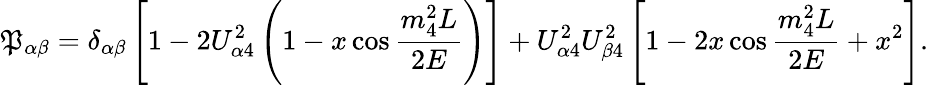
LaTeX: \mathfrak{P}_{\alpha\beta}=\delta_{\alpha\beta}\left[1-2U_{\alpha4}^{2}\left(1-x\cos{\frac{{m_{4}^{2}L}}{{2E}}}\right)\right]+U_{\alpha4}^{2}U_{\beta4}^{2}\left[1-2x\cos{\frac{{m_{4}^{2}L}}{{2E}}}+x^{2}\right].